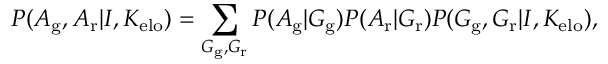
P ( A _ { \mathrm { g } } , A _ { \mathrm { r } } | I , K _ { \mathrm { e l o } } ) = \sum _ { G _ { \mathrm { g } } , G _ { \mathrm { r } } } P ( A _ { \mathrm { g } } | G _ { \mathrm { g } } ) P ( A _ { \mathrm { r } } | G _ { \mathrm { r } } ) P ( G _ { \mathrm { g } } , G _ { \mathrm { r } } | I , K _ { \mathrm { e l o } } ) ,